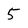
Character: 5